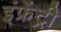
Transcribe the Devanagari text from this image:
इंफ्रेंट्री